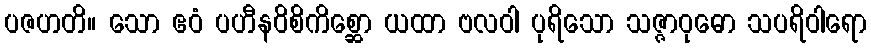
ပဇဟတိ။ သော ဧဝံ ပဟီနဝိစိကိစ္ဆော ယထာ ဗလဝါ ပုရိသော သဇ္ဇာဝုဓော သပရိဝါရော